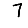
Digit: 7